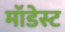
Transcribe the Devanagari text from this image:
मॉडेस्ट